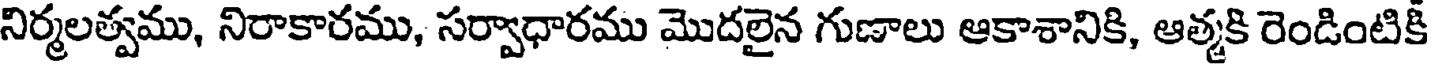
నిర్మలత్వము, నిరాకారము, సర్వాధారము మొదలైన గుణాలు ఆకాశానికి, ఆత్మకి రెండింటికి